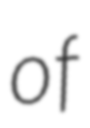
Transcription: of